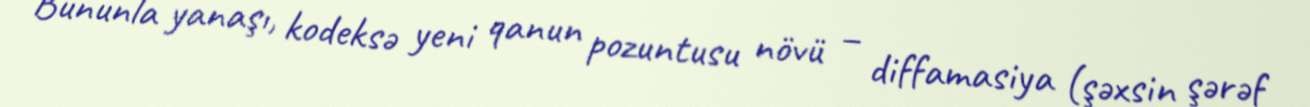
Bununla yanaşı, kodeksə yeni qanun pozuntusu növü – diffamasiya (şəxsin şərəf